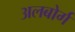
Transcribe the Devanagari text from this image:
अलबोर्ग